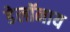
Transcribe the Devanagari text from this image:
डेलॉनाय